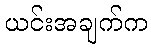
ယင်းအချက်က